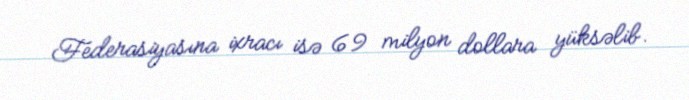
Federasiyasına ixracı isə 69 milyon dollara yüksəlib.